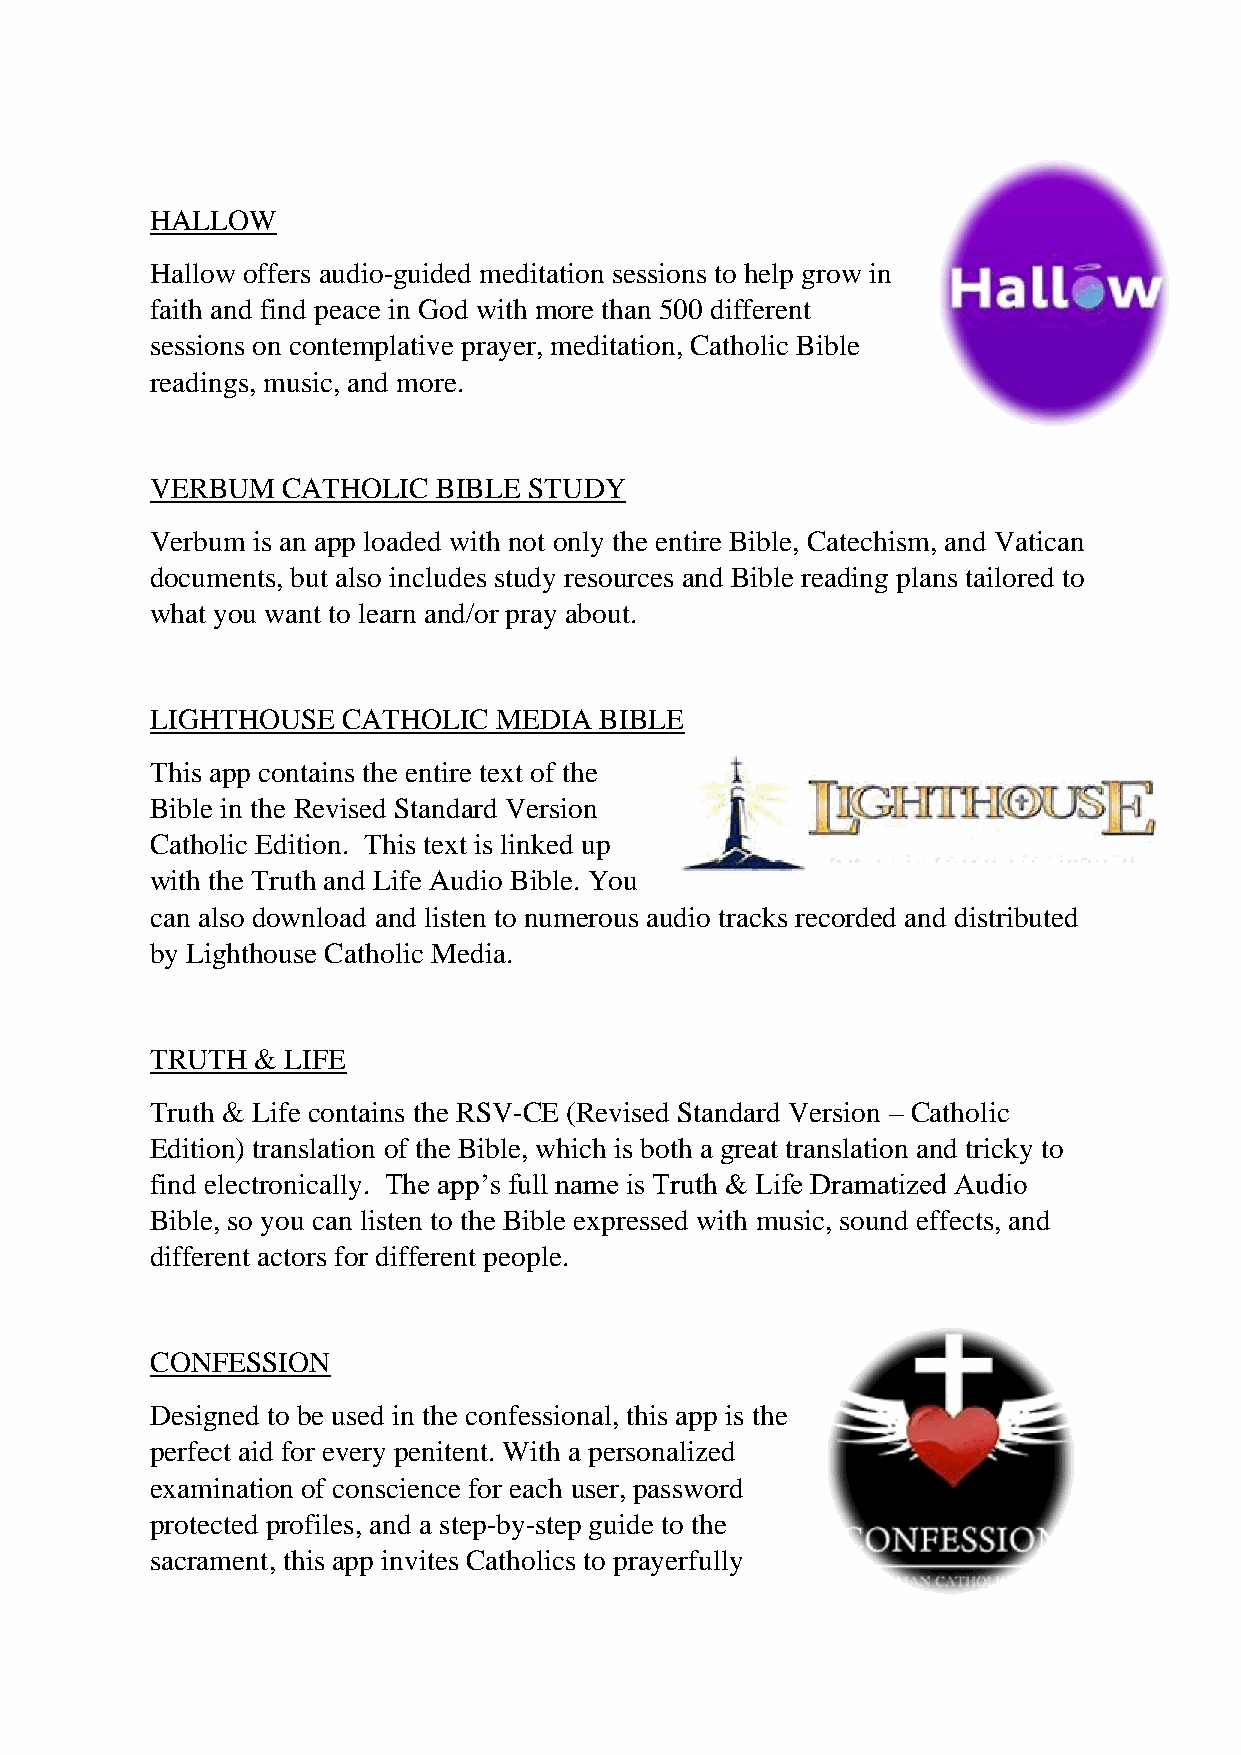
HALLOW
 Hallow offers audio-guided meditation sessions to help grow in
 faith and find peace in God with more than 500 different
 sessions on contemplative prayer, meditation, Catholic Bible
 readings, music, and more.
 VERBUM   CATHOLIC  BIBLE STUDY
 Verbum is an app loaded with not only the entire Bible, Catechism, and Vatican
 documents, but also includes study resources and Bible reading plans tailored to
 what you want to learn and/or pray about.
 LIGHTHOUSE   CATHOLIC  MEDIA  BIBLE
 This app contains the entire text of the
 Bible in the Revised Standard Version
 Catholic Edition. This text is linked up
 with the Truth and Life Audio Bible. You
 can also download and listen to numerous audio tracks recorded and distributed
 by Lighthouse Catholic Media.
 TRUTH  & LIFE
 Truth & Life contains the RSV-CE (Revised Standard Version – Catholic
 Edition) translation of the Bible, which is both a great translation and tricky to
 find electronically. The app’s full name is Truth & Life Dramatized Audio
 Bible, so you can listen to the Bible expressed with music, sound effects, and
 different actors for different people.
 CONFESSION
 Designed to be used in the confessional, this app is the
 perfect aid for every penitent. With a personalized
 examination of conscience for each user, password
 protected profiles, and a step-by-step guide to the
 sacrament, this app invites Catholics to prayerfully